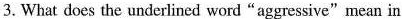
3.What does the underlined word "aggressive"mean in